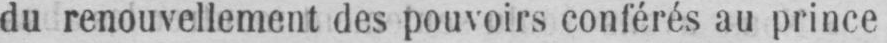
du renouvellement des pouvoirs conférés au prince